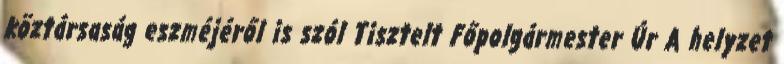
köztársaság eszméjéről is szól Tisztelt Főpolgármester Úr A helyzet